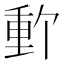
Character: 𬪽